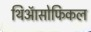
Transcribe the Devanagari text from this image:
थिऑसोफिकल